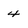
Character: 4